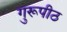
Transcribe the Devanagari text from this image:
गुरूपीठ